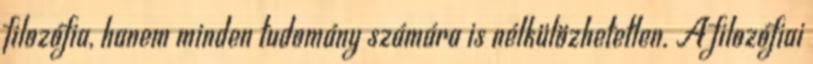
filozófia, hanem minden tudomány számára is nélkülözhetetlen. A filozófiai